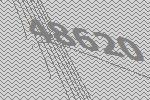
48620